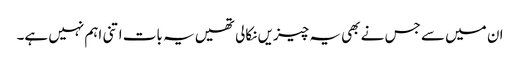
ان میں سے جس نے بھی یہ چیزیں نکالی تھیں یہ بات اتنی اہم نہیں ہے۔